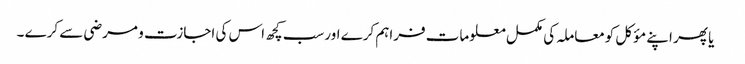
 یا پھر اپنے مؤکل کومعاملہ کی مکمل معلومات فراہم کرے اورسب کچھ اس کی اجازت و مرضی سے کرے ۔